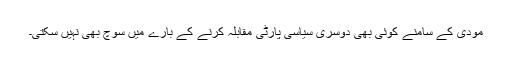
مودی کے سامنے کوئی بھی دوسری سیاسی پارٹی مقابلہ کرنے کے بارے میں سوچ بھی نہیں سکتی۔